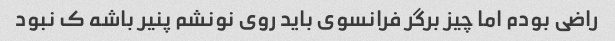
راضی بودم اما چیز برگر فرانسوی باید روی نونشم پنیر باشه ک نبود